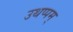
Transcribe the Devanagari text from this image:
उथप्पम्